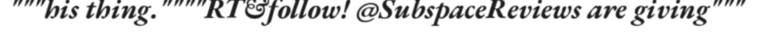
"""his thing.""""RT&follow! @SubspaceReviews are giving"""